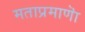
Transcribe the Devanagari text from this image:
मताप्रमाणाॆ